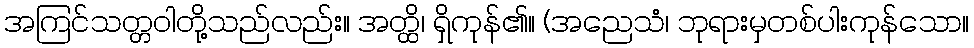
အကြင်သတ္တဝါတို့သည်လည်း။ အတ္ထိ၊ ရှိကုန်၏။ (အညေသံ၊ ဘုရားမှတစ်ပါးကုန်သော။